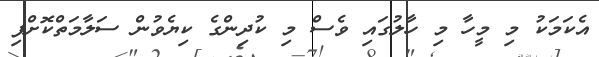
އެކަމަކު މި މީހާ މި ހާލުގައި ވެސް މި ކުދިންގެ ކިޔެވުން ސަލާމަތްކޮށްފި